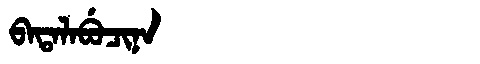
Manchu: ᠪᠠᡨᠠᠯᠠᠪᡠᠴᡳᠨᠠ
Romanization: BATALABUCINA